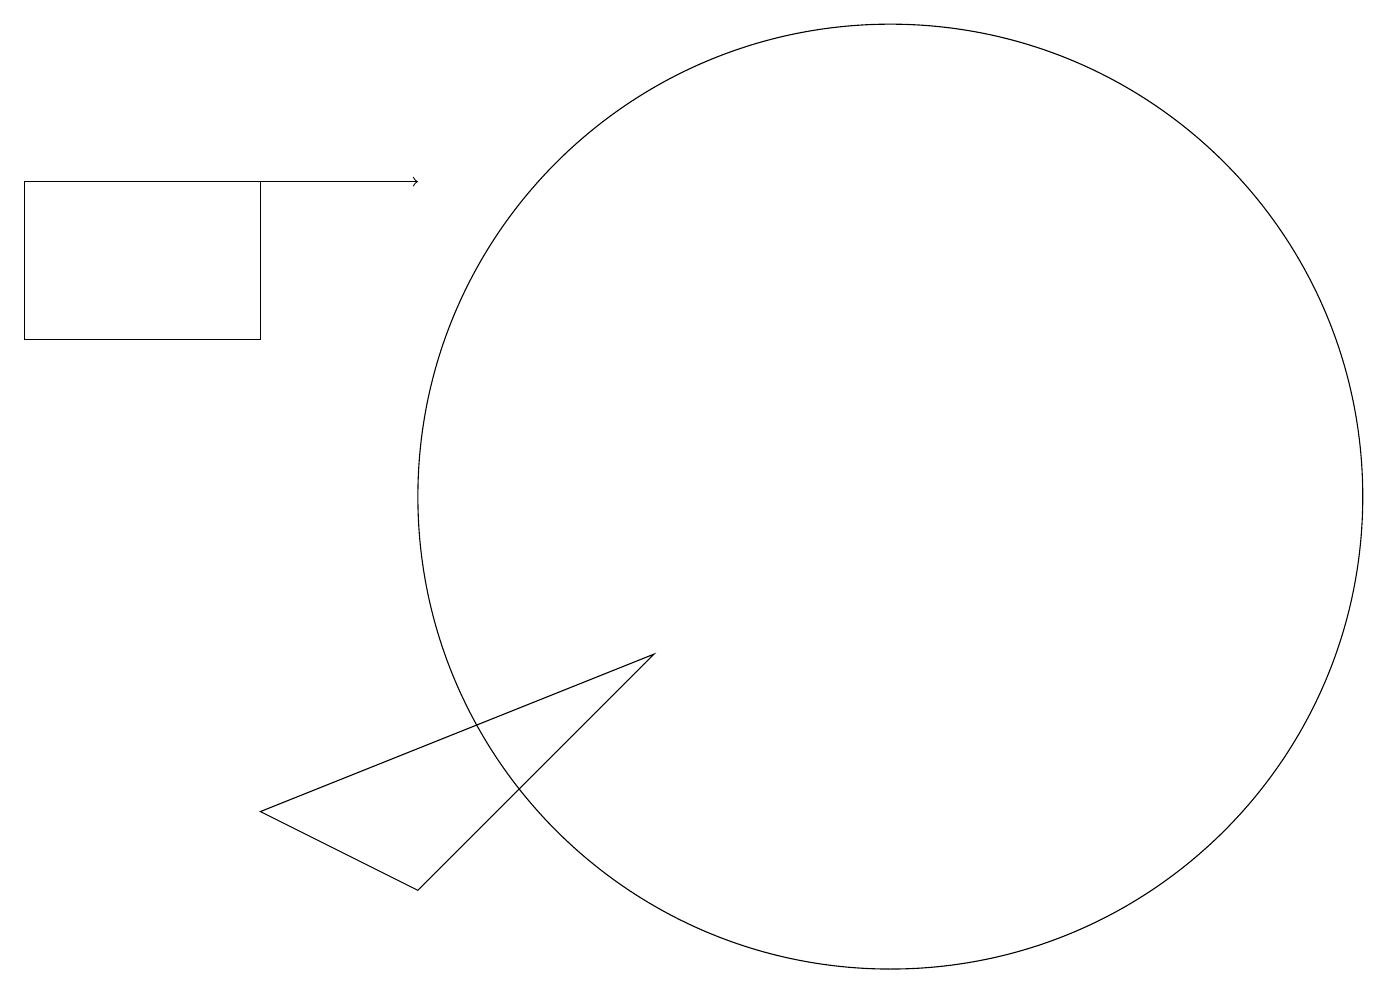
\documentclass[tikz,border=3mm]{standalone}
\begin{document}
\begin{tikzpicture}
\draw[->] (0,14) -- (5,14);
\draw (11,10) circle (6);
\draw (3,14) rectangle (0,12);
\draw (3,6) -- (5,5) -- (8,8) -- cycle;
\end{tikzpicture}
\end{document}